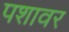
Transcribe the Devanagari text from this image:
पशावर